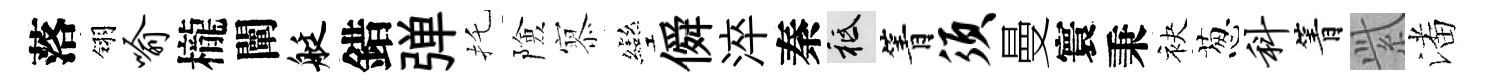
落翎喻櫳闡艇錯弹托險𡪹彎僢淬秦祇箐须曼寰秉袂葱科箐𬗋潘